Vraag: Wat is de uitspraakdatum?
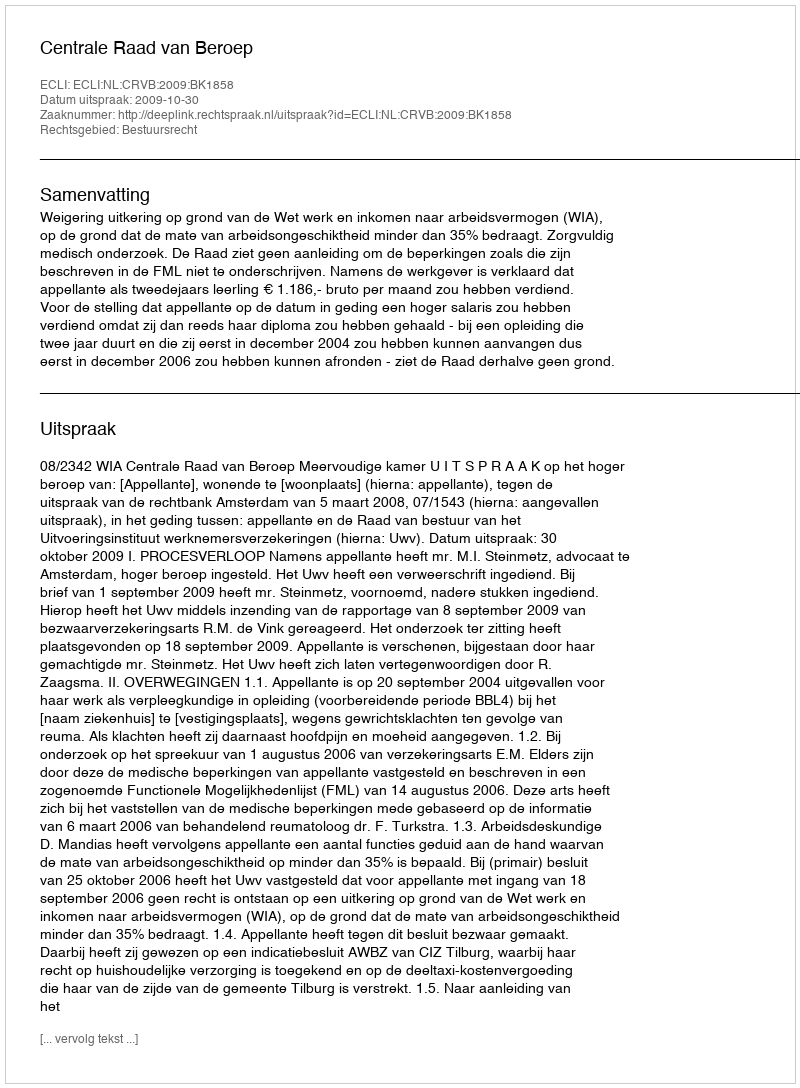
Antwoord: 2009-10-30